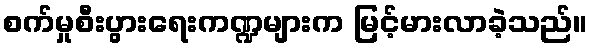
စက်မှုစီးပွားရေးကဏ္ဍများက မြင့်မားလာခဲ့သည်။